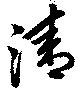
淸